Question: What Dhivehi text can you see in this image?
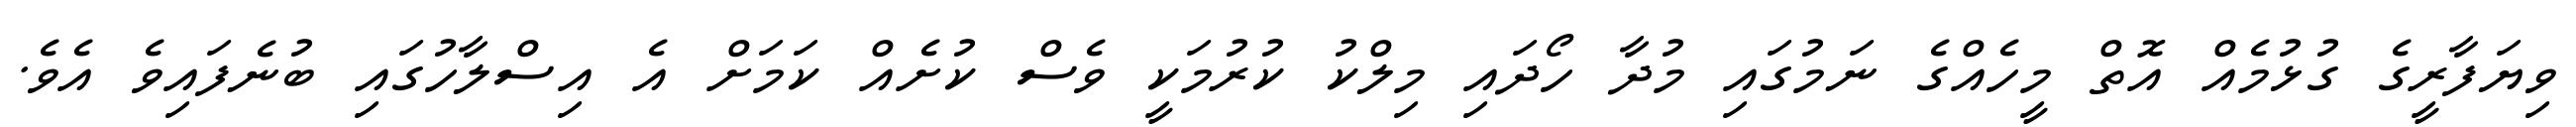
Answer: ވިޔަފާރީގެ ގުޅުމެއް އޮތް މީހެއްގެ ނަމުގައި މުދާ ހޯދައި މިލްކު ކުރުމަކީ ވެސް ކުށެއް ކަމަށް އެ އިސްލާހުގައި ބުނެފައިވެ އެވެ.